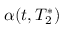
\alpha ( t , T _ { 2 } ^ { * } )